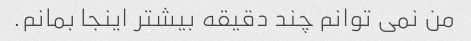
من نمی توانم چند دقیقه بیشتر اینجا بمانم.